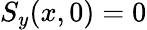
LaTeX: S_{y}(x,0)=0